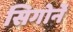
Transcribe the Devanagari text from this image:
सिगोर्ने